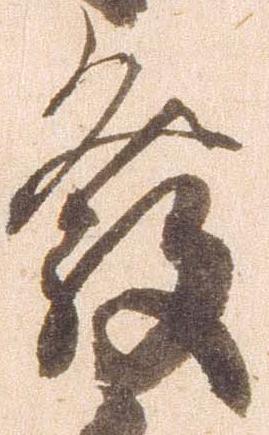
発